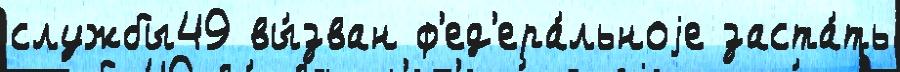
службы49 вы́зван ф'ед'ера́льноjе заста́ть